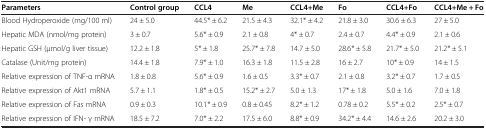
<table><thead><tr><td><b>Parameters</b></td><td><b>Control group</b></td><td><b>CCL4</b></td><td><b>Me</b></td><td><b>CCL4+Me</b></td><td><b>Fo</b></td><td><b>CCL4+Fo</b></td><td><b>CCL4+Me + Fo</b></td></tr></thead><tbody><tr><td>Blood Hydroperoxide (mg/100 ml)</td><td>24 ± 5.0</td><td>44.5* ± 6.2</td><td>21.5 ± 4.3</td><td>32.1* ± 4.2</td><td>21.8 ± 3.0</td><td>30.6 ± 6.3</td><td>27 ± 5.0</td></tr><tr><td>Hepatic MDA (nmol/mg protein)</td><td>3 ± 0.7</td><td>5.6* ± 0.9</td><td>2.1 ± 0.8</td><td>4* ± 0.7</td><td>2.4 ± 0.7</td><td>4.4* ± 0.9</td><td>2.1 ± 0.6</td></tr><tr><td>Hepatic GSH (μmol/g liver tissue)</td><td>12.2 ± 1.8</td><td>5* ± 1.8</td><td>25.7* ± 7.8</td><td>14.7 ± 5.0</td><td>28.6* ± 5.8</td><td>21.7* ± 5.0</td><td>21.2* ± 5.1</td></tr><tr><td>Catalase (Unit/mg protein)</td><td>14.4 ± 1.8</td><td>7.9* ± 1.0</td><td>16.3 ± 1.8</td><td>11.5 ± 2.8</td><td>16 ± 2.7</td><td>10* ± 0.9</td><td>14 ± 1.5</td></tr><tr><td>Relative expression of TNF-α mRNA</td><td>1.8 ± 0.8</td><td>5.6* ± 0.9</td><td>1.6 ± 0.5</td><td>3.3* ± 0.7</td><td>2.1 ± 0.8</td><td>3.2* ± 0.7</td><td>1.7 ± 0.5</td></tr><tr><td>Relative expression of Akt1 mRNA</td><td>5.7 ± 1.1</td><td>1.8* ± 0.5</td><td>15.2* ± 2.7</td><td>5.0 ± 1.3</td><td>17* ± 1.8</td><td>5.0 ± 1.6</td><td>7.0 ± 1.8</td></tr><tr><td>Relative expression of Fas mRNA</td><td>0.9 ± 0.3</td><td>10.1* ± 0.9</td><td>0.8 ± 0.45</td><td>8.2* ± 1.2</td><td>0.78 ± 0.2</td><td>5.5* ± 0.2</td><td>2.5* ± 0.7</td></tr><tr><td>Relative expression of IFN- γ mRNA</td><td>18.5 ± 7.2</td><td>7.0* ± 2.2</td><td>17.5 ± 6.0</td><td>8.8* ± 0.9</td><td>34.2* ± 4.4</td><td>14.6 ± 2.6</td><td>20.2 ± 3.0</td></tr></tbody></table>